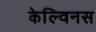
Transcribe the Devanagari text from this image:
केल्विनस